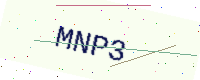
Text: MNP3